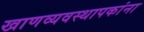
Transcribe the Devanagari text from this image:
खाणव्यवस्थापकांना